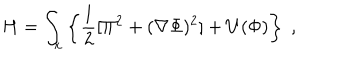
H = \int _ { \bf x } \left\{ \frac { 1 } { 2 } [ \Pi ^ { 2 } + ( { \bf \nabla } \Phi ) ^ { 2 } ] + U ( \Phi ) \right\} \; ,